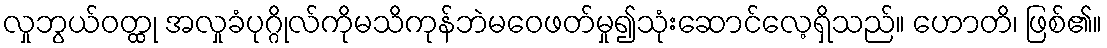
လှုဘွယ်ဝတ္ထု အလှုခံပုဂ္ဂိုလ်ကိုမသိကုန်ဘဲမဝေဖတ်မှု၍သုံးဆောင်လေ့ရှိသည်။ ဟောတိ၊ ဖြစ်၏။